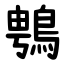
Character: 䳙